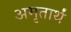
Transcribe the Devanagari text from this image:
अमृतार्थं